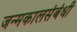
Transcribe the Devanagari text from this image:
जन्मकालसंबंधी